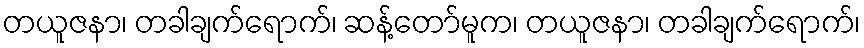
တယူဇနာ၊ တခါချက်ရောက်၊ ဆန့်တော်မူက၊ တယူဇနာ၊ တခါချက်ရောက်၊